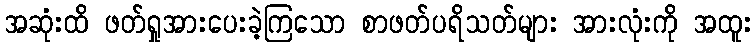
အဆုံးထိ ဖတ်ရှုအားပေးခဲ့ကြသော စာဖတ်ပရိသတ်များ အားလုံးကို အထူး